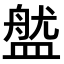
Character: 𥂏